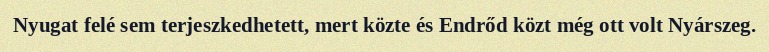
Nyugat felé sem terjeszkedhetett, mert közte és Endrőd közt még ott volt Nyárszeg.